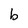
Character: b